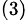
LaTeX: _{(3)}